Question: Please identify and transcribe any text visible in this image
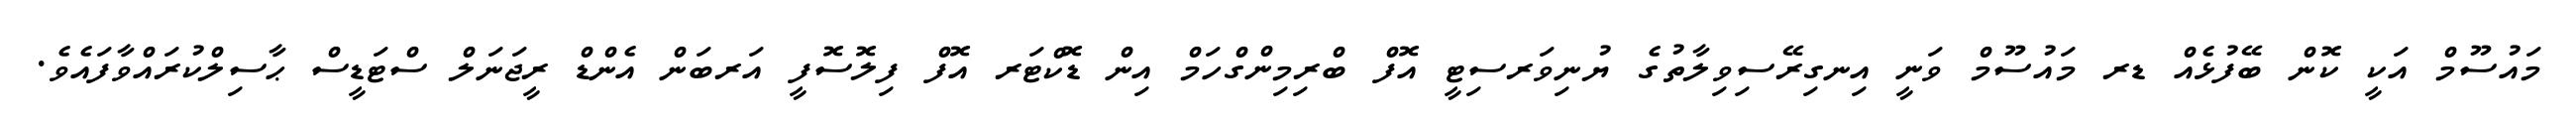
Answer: މައުސޫމް އަކީ ކޮން ބޭފުޅެއް ޑރ މައުސޫމް ވަނީ އިނގިރޭސިވިލާތުގެ ޔުނިވަރސިޓީ އޮފް ބްރިމިންގްހަމް އިން ޑޮކްޓަރ އޮފް ފިލޮސޮފީ އަރބަން އެންޑް ރީޖަނަލް ސްޓަޑީސް ޙާސިލްކުރައްވާފައެވެ.